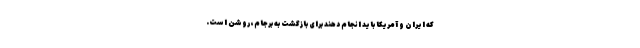
که ایران و آمریکا باید انجام دهند برای بازگشت به برجام، روشن است.